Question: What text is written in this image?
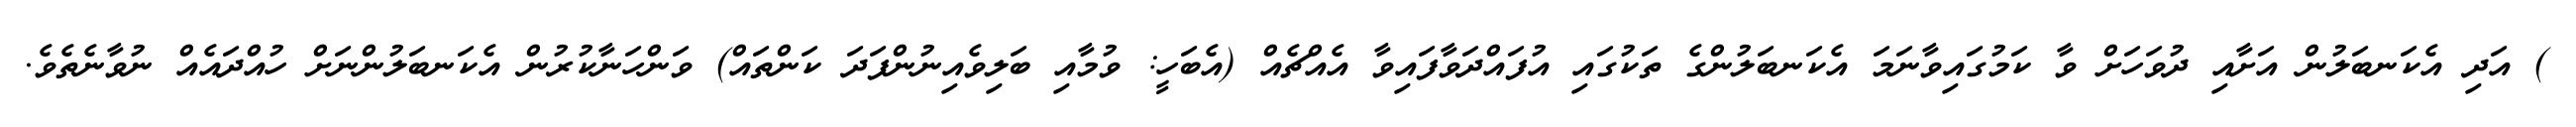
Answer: ) އަދި އެކަނބަލުން އަށާއި ދުވަހަށް ވާ ކަމުގައިވާނަމަ އެކަނބަލުންގެ ތަކުގައި އުފައްދަވާފައިވާ އެއްޗެއް (އެބަހީ: ވުމާއި ބަލިވެއިނުންފަދަ ކަންތައް) ވަންހަނާކުރުން އެކަނބަލުންނަށް ހުއްދައެއް ނުވާނެތެވެ.